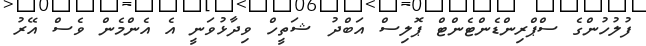
ފުލުހުންގެ ސްޕްރިންޑެންޓެންޓް ޕޮލިސް އަބްދު ޝަތީހް ވިދާޅުވަނީ އެ އެންމެން ވެސް އޭރު